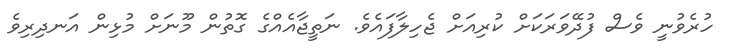
ހުރެވުނީ ވެސް ފުދޭވަރަކަށް ކުރިއަށް ޖެހިލާފައެވެ. ނަތީޖާއެއްގެ ގޮތުން މޫނަށް މުޅިން އަނދިރިވެ